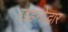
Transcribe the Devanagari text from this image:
खंडनोद्धार